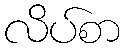
လိပ်စာ